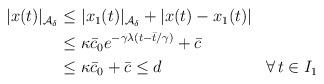
LaTeX: \begin{align*}\begin{aligned}|x(t)|_{\mathcal{A}_\delta} &\le |x_1(t)|_{\mathcal{A}_\delta} + |x(t)-x_1(t)| \\&\le \kappa \bar c_0 e^{-\gamma \lambda (t-\bar{t}/\gamma)} + \bar c \\&\le \kappa \bar c_0+\bar c \leq d && \forall \, t \in I_1\end{aligned}\end{align*}